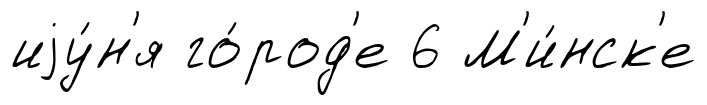
иjу́н'я го́род'е 6 М'и́нск'е